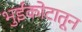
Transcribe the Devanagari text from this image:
भुईकोटातून